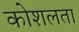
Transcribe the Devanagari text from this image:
कोशलता